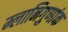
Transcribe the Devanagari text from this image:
म्लानिगुणांक